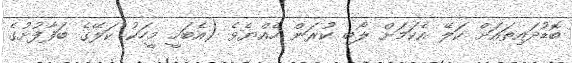
ބޮޑުދައިތައަށް ކަލޭ އެކަމަށް ލޯބި ކުރަން ހެއްޔެވެ (އެބަހީ މީހަކު ކަލޭގެ ބަފާފުށުގެ